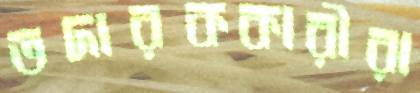
তদারককারীরা